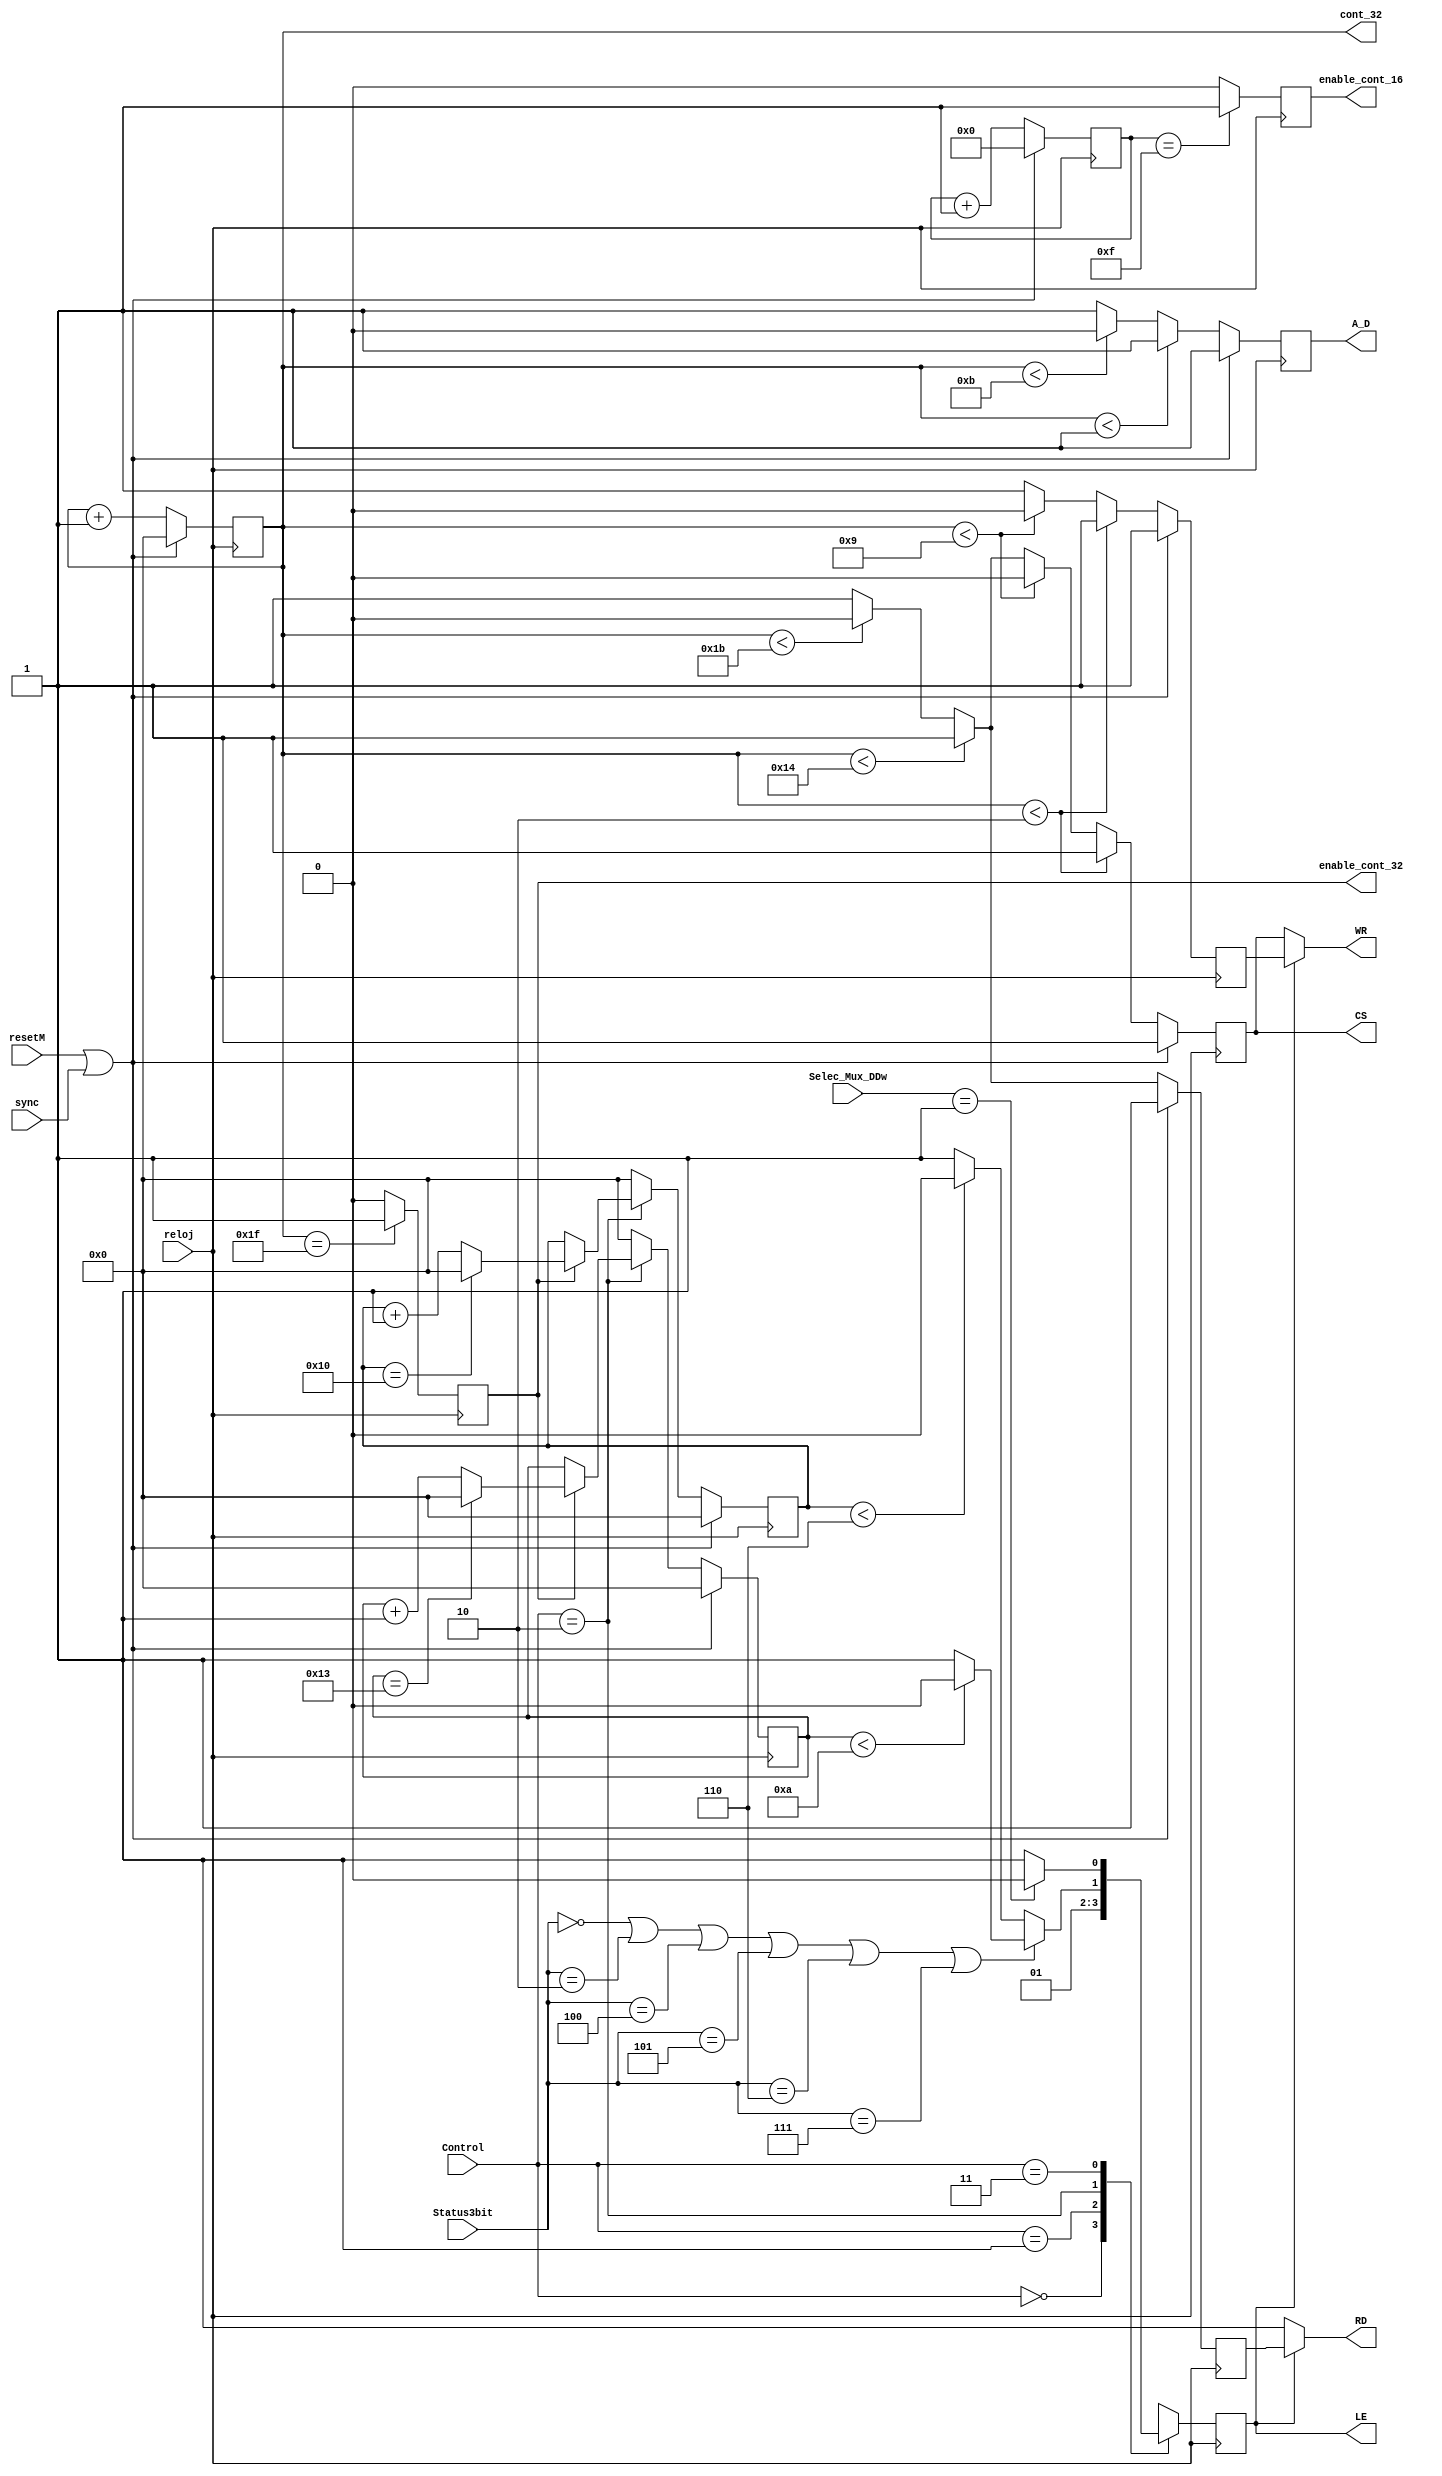
`timescale 1ns / 1ps
//////////////////////////////////////////////////////////////////////////////////
// Company: Grupo4
// Module Name: Gen_Senales
//////////////////////////////////////////////////////////////////////////////////



module Gen_Senales(
    // Ruta Control General
    input reloj,
    input resetM,
    input wire[1:0] Control,
    output wire enable_cont_16,
    output wire CS,
    output wire RD,
    output wire WR,
    output wire A_D,
    
    // Inter-modular
    input wire [3:0] Selec_Mux_DDw,
    input wire [2:0] Status3bit,
    input wire sync,
    output wire [4:0] cont_32,
    output wire enable_cont_32,
    output wire LE
    );
    
    
    
    //---INICIALIZACION Y DEFINICION DE VARIABLES---
    // Senales
    reg CSreg = 1'b1;
    assign CS = CSreg;
    reg RDreg = 1'b1;
    reg WRregLectura = 1'b1;
    reg A_Dreg = 1'b1;
    assign A_D = A_Dreg; 
    // Control
    reg LEr;                     // L/~E
    assign LE = LEr;
    
    reg [3:0] cont_16 = 4'b0000;
    reg enable_cont_16r = 1'b0;
    assign enable_cont_16 = enable_cont_16r;
    
    reg [4:0] cont_32r = 5'b00000;
    assign cont_32 = cont_32r;
    reg enable_cont_32r = 1'b0;
    assign enable_cont_32 = enable_cont_32r;
    
    reg [4:0] cont_20 = 5'b00000;
    reg [4:0] cont_17 = 5'b00000;
    
    //---LOGICA GEN SENALES HANDSHAKE DEL RTC---    
    // Contador cada 10ns, cuenta 16 ciclos
    always @(posedge reloj)
    begin
       if (resetM | sync)
          cont_16 <= 4'b0000;
       else    
          cont_16 <= cont_16 + 1'b1;
          if (cont_16 == 4'b1111)
                enable_cont_16r <= 1;
          else  
                enable_cont_16r <= 0;
    end   
    // Contador cada 10ns, cuenta 32 ciclos
    always @(posedge reloj)
        begin
           if (resetM | sync)
              cont_32r <= 5'b00000;
           else    
              cont_32r <= cont_32r + 5'b00001;
              if (cont_32r == 5'b11111)
                    enable_cont_32r <= 1;
              else  
                    enable_cont_32r <= 0;
        end      
             
    // Generador de Chip Select (~CS) 
        always @(posedge reloj)
           begin
           if (resetM | sync)
                CSreg <= 1'b1;           
           else if (cont_32r < 2)
                CSreg <= 1'b1;
           else if (cont_32r < 9) 
                    CSreg <= 1'b0;
                else if (cont_32r < 20)
                        CSreg <= 1'b1;
                     else if(cont_32r < 27)
                            CSreg <= 1'b0;       
                          else
                            CSreg <= 1'b1;
           end 
           
        // Generador de Read (~RD) 
        always @(posedge reloj) 
        begin
        if (resetM | sync)
            RDreg <= 1'b1;
        else if (cont_32r < 20)
                 RDreg <= 1'b1;
             else if (cont_32r < 27)
                     RDreg <= 1'b0;
                  else
                     RDreg <= 1'b1;  
        end
        
        // Generador de Write (~WR) para lectura
            always @(posedge reloj) 
        begin
        if (resetM | sync)
            WRregLectura <= 1'b1;
        else if (cont_32r < 2)
            WRregLectura <= 1'b1;
        else if (cont_32r < 9)
                WRregLectura <= 1'b0;
             else
                WRregLectura <= 1'b1;  
        end
        
        // Mux para el assign de las senales ~RD y ~WR tipo wire (salidas del modulo)
        assign RD = LEr ? RDreg : 1'b1;
        assign WR = LEr ? WRregLectura : CSreg;
        
        // Generador Address/Data Decode (~A/D)   
        always @(posedge reloj)
        begin
        if (resetM | sync)
            A_Dreg <= 1'b1;
        else if (cont_32r < 1)
            A_Dreg <= 1'b1;
        else if (cont_32r < 11)
                A_Dreg <= 1'b0;
             else 
                A_Dreg <= 1'b1;                  
        end
     
        // Control de la generacion de Senales, LE (Lectura/~Escritura)
                // Contadores        
        always @(posedge reloj)     // Contador de ciclos para analizar en valor de L/~E 
        begin                       // en el caso de que Controlreg = 10 (proceso de escritura) y Status3bit = 0X0 o 1XX
            if (resetM | sync)
                cont_20 <= 5'b00000;
            else if (Control == 2'b10)
                    if (enable_cont_32r == 1'b1)
                        if (cont_20 == 5'b10011)
                            cont_20 <= 5'b00000;
                        else
                            cont_20 <= cont_20 + 5'b00001;
                    else
                        cont_20 <= cont_20;        
                 else
                    cont_20 <= 5'b00000;      
        end
        
        always @(posedge reloj)     // Contador de ciclos para analizar en valor de L/~E 
        begin                       // en el caso de que Controlreg = 10 (proceso de escritura) y Status3bit = 0X1
            if (resetM | sync)
                cont_17 <= 5'b00000;
            else if (Control == 2'b10)
                    if (enable_cont_32r == 1'b1)
                        if (cont_17 == 5'b10000)
                            cont_17 <= 5'b00000;
                        else
                            cont_17 <= cont_17 + 5'b00001;
                    else
                        cont_17 <= cont_17;        
                 else
                    cont_17 <= 5'b00000;      
        end
                // Mux para el valor de LE
        always @(posedge reloj)
        begin
        case (Control)
            2'b00: 
            begin
            LEr = 1'b0;
            end
            
            2'b01:
            begin 
            LEr = 1'b1;
            end
            
            2'b10:
            begin 
                if (Status3bit == 3'b000 | Status3bit == 3'b010 | Status3bit == 3'b100 | Status3bit == 3'b101 | Status3bit == 3'b110 | Status3bit == 3'b111)
                    if (cont_20 < 5'b01010)
                        LEr = 1'b0;
                    else    
                        LEr = 1'b1;
                else
                    if (cont_17 < 5'b00110)
                        LEr = 1'b0;
                    else    
                        LEr = 1'b1;                
            end
            
            2'b11:
            begin
                if (Selec_Mux_DDw == 4'b0001)
                    LEr = 1'b0;
                else
                    LEr = 1'b1;
            end
            
        endcase
        end
endmodule